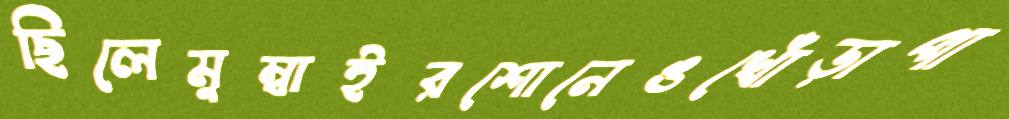
ছিলেমুম্বাইরশোনেঙখোঁড়াপা